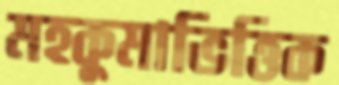
মহকুমাভিত্তিক